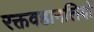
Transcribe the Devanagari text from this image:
रक्तवहानलियों